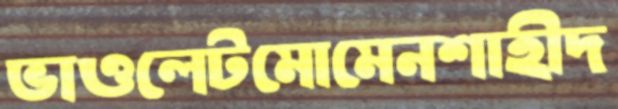
ভাওলেটমোমেনশাহীদ